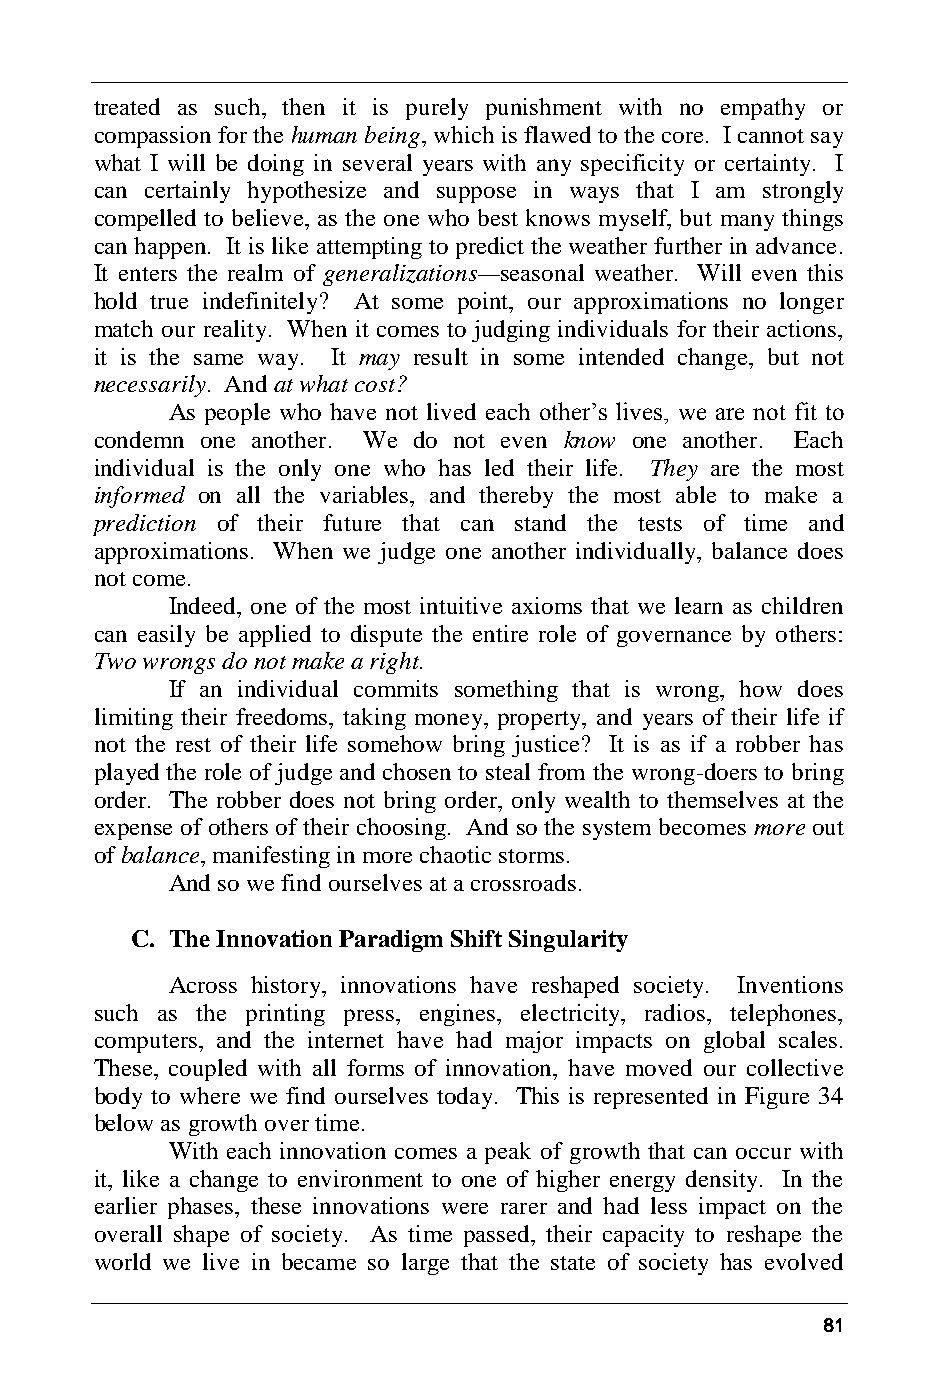
treated as such, then it is purely punishment with no empathy or
 compassion for the human being, which is flawed to the core. I cannot say
 what I will be doing in several years with any specificity or certainty. I
 can certainly hypothesize and suppose in ways that I am strongly
 compelled to believe, as the one who best knows myself, but many things
 can happen. It is like attempting to predict the weather further in advance.
 It enters the realm of generalizations—seasonal weather. Will even this
 hold true indefinitely? At some point, our approximations no longer
 match our reality. When it comes to judging individuals for their actions,
 it is the same way. It may result in some intended change, but not
 necessarily. And at what cost?
 As people who have not lived each other’s lives, we are not fit to
 condemn one another. We do not even know one another. Each
 individual is the only one who has led their life. They are the most
 informed on all the variables, and thereby the most able to make a
 prediction of their future that can stand the tests of time and
 approximations. When we judge one another individually, balance does
 not come.
 Indeed, one of the most intuitive axioms that we learn as children
 can easily be applied to dispute the entire role of governance by others:
 Two wrongs do not make a right.
 If an individual commits something that is wrong, how does
 limiting their freedoms, taking money, property, and years of their life if
 not the rest of their life somehow bring justice? It is as if a robber has
 played the role of judge and chosen to steal from the wrong-doers to bring
 order. The robber does not bring order, only wealth to themselves at the
 expense of others of their choosing. And so the system becomes more out
 of balance, manifesting in more chaotic storms.
 And so we find ourselves at a crossroads.
 C. The Innovation Paradigm Shift Singularity
 Across history, innovations have reshaped society. Inventions
 such as the printing press, engines, electricity, radios, telephones,
 computers, and the internet have had major impacts on global scales.
 These, coupled with all forms of innovation, have moved our collective
 body to where we find ourselves today. This is represented in Figure 34
 below as growth over time.
 With each innovation comes a peak of growth that can occur with
 it, like a change to environment to one of higher energy density. In the
 earlier phases, these innovations were rarer and had less impact on the
 overall shape of society. As time passed, their capacity to reshape the
 world we live in became so large that the state of society has evolved
 81